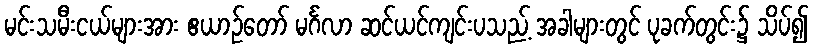
မင်းသမီးငယ်များအား ဧယာဉ်တော် မင်္ဂလာ ဆင်ယင်ကျင်းပသည့် အခါများတွင် ပုခက်တွင်း၌ သိပ်၍